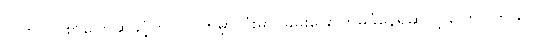
လွတ်လပ်စွာပြောဆိုခွင့်ဟာ တကမ္ဘာလုံးမှာ ခြိမ်းခြောက်မှုခံနေရဆဲလို့ ပြောပါတယ်။